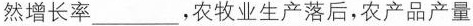
然增长率 ___ ，农牧业生产落后，农产品产量